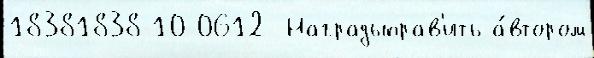
18381838-10-0612  Наградыправ'ить а́втором